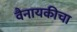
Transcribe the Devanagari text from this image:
वैनायकीचा